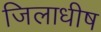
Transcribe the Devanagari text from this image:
जिलाधीष